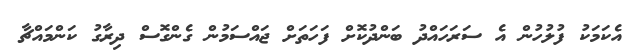
އެކަމަކު ފުލުހުން އެ ސަރަހައްދު ބަންދުކޮށް ފަހަތަށް ޖައްސަމުން ގެންގޮސް ދިރާގު ކަންމައްޗާ